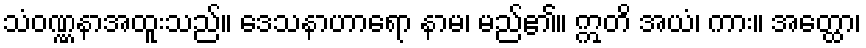
သံဝဏ္ဏနာအထူးသည်။ ဒေသနာဟာရော နာမ၊ မည်၏။ ဣတိ အယံ၊ ကား။ အတ္ထော၊